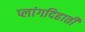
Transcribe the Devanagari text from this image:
प्लांगदिहाती